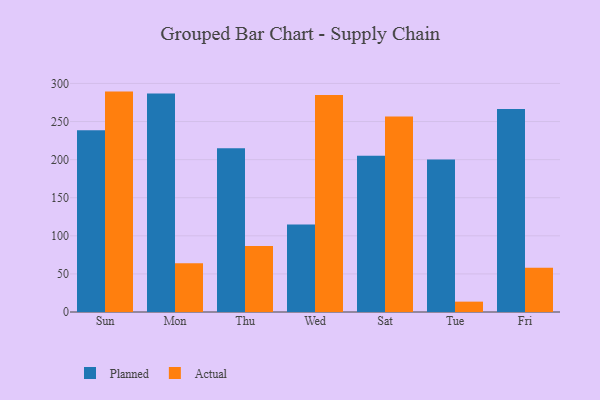
{"axis": {"x": "Day", "y": "Active Users"}, "legend": ["Actual", "Planned"], "data": [{"x": "Sun", "y": 238.5, "type": "Planned"}, {"x": "Sun", "y": 289.3, "type": "Actual"}, {"x": "Mon", "y": 286.8, "type": "Planned"}, {"x": "Mon", "y": 63.9, "type": "Actual"}, {"x": "Thu", "y": 214.9, "type": "Planned"}, {"x": "Thu", "y": 86.7, "type": "Actual"}, {"x": "Wed", "y": 114.8, "type": "Planned"}, {"x": "Wed", "y": 284.7, "type": "Actual"}, {"x": "Sat", "y": 205.0, "type": "Planned"}, {"x": "Sat", "y": 256.5, "type": "Actual"}, {"x": "Tue", "y": 200.1, "type": "Planned"}, {"x": "Tue", "y": 13.6, "type": "Actual"}, {"x": "Fri", "y": 266.4, "type": "Planned"}, {"x": "Fri", "y": 58.1, "type": "Actual"}]}